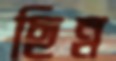
ছিন্ন